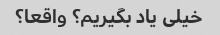
خیلی یاد بگیریم؟ واقعا؟